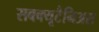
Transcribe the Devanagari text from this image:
सबक्यूटैनिअस